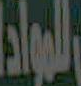
المواد